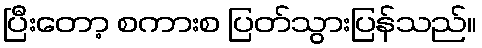
ပြီးတော့ စကားစ ပြတ်သွားပြန်သည်။